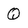
Character: Q